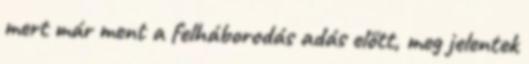
mert már ment a felháborodás adás előtt, meg jelentek